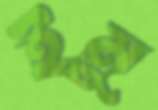
ইমু